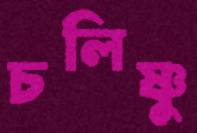
চলিষ্ণু